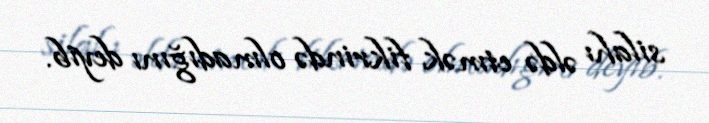
silahı əldə etmək fikrində olmadığını deyib.